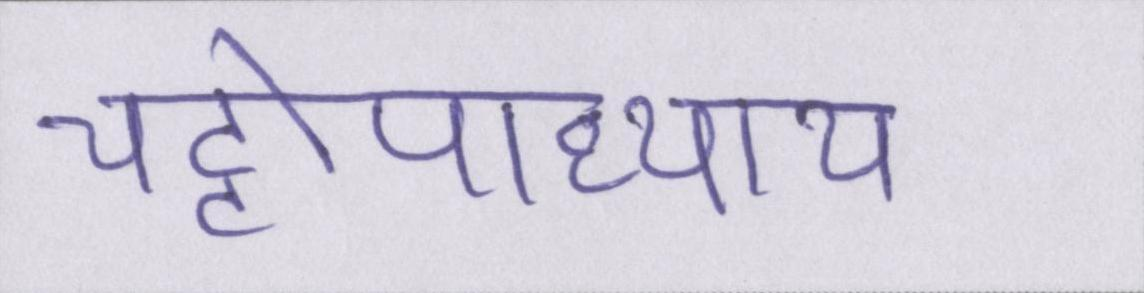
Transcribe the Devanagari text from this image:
चट्टोपाध्याय